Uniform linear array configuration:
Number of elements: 32
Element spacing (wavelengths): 0.5
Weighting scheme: exponential
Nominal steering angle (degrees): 15
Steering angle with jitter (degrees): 16.098
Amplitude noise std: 0.05
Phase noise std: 0.05

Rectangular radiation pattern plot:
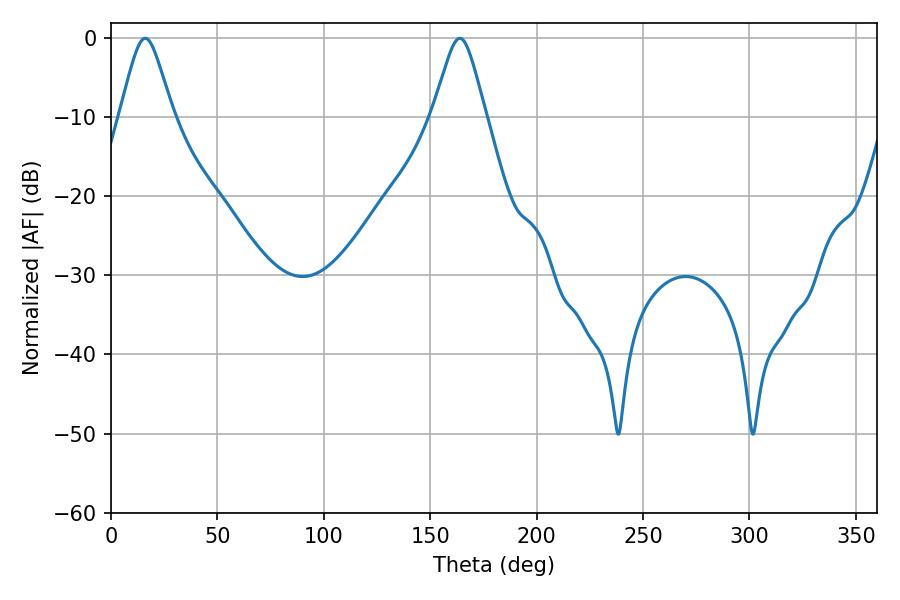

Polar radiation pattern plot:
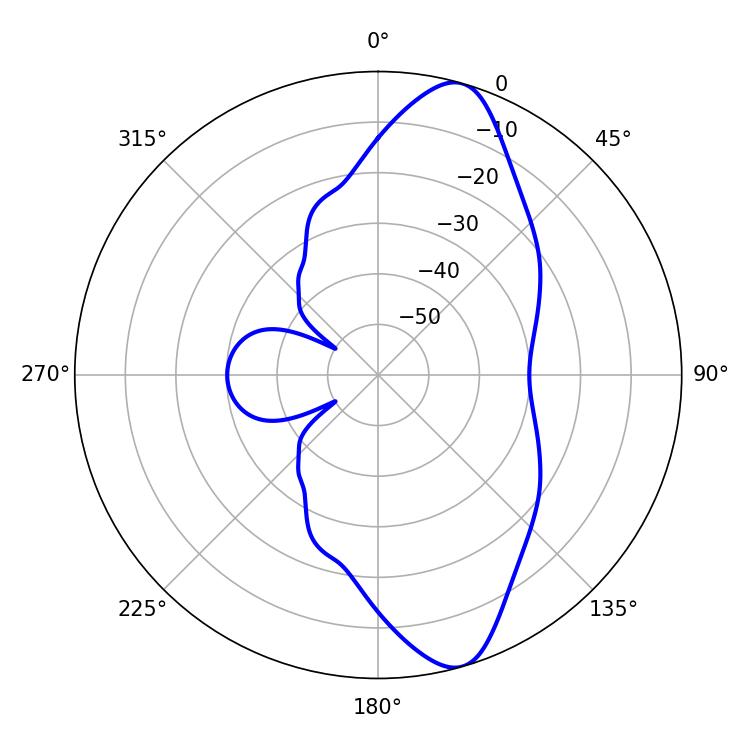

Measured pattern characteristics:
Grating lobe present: FALSE
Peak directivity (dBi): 11.214
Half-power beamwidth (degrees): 11.88
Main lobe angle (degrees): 16.02